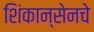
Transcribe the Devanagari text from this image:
शिंकान्सेनचे